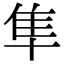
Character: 隼